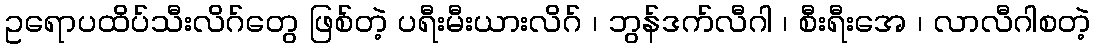
ဥရောပထိပ်သီးလိဂ်တွေ ဖြစ်တဲ့ ပရီးမီးယားလိဂ် ၊ ဘွန်ဒက်လီဂါ ၊ စီးရီးအေ ၊ လာလီဂါစတဲ့